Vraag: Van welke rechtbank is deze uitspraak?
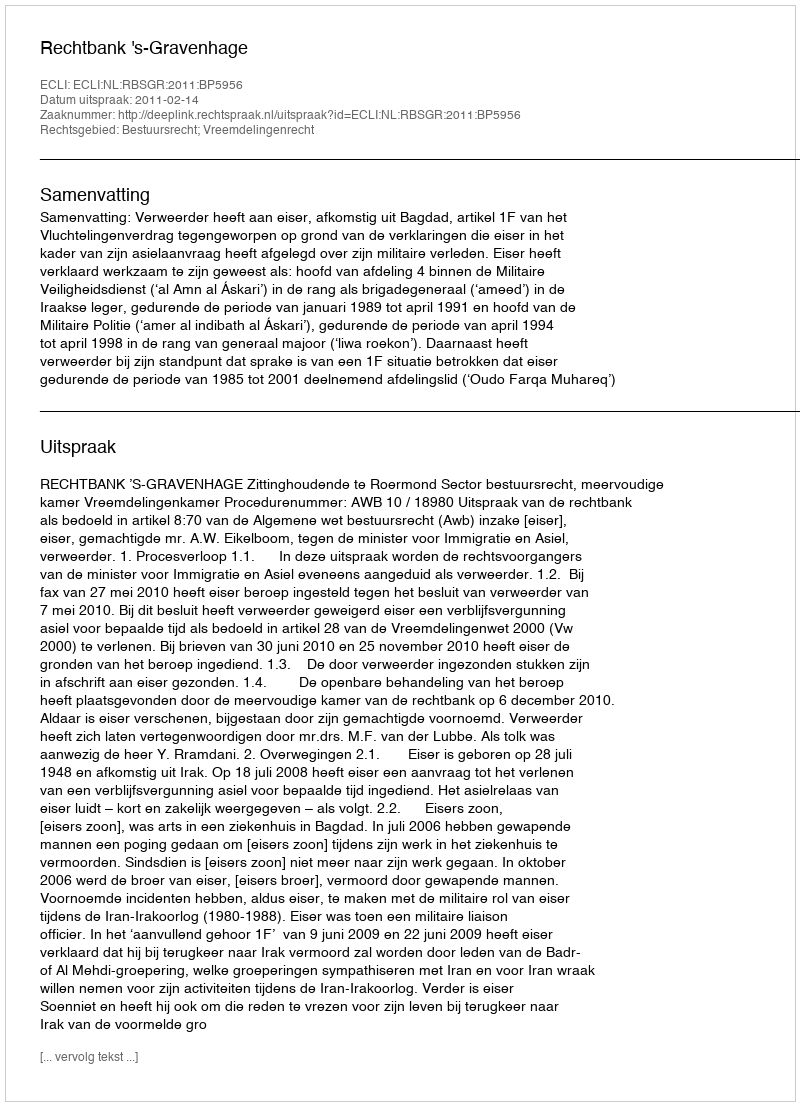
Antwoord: Rechtbank 's-Gravenhage